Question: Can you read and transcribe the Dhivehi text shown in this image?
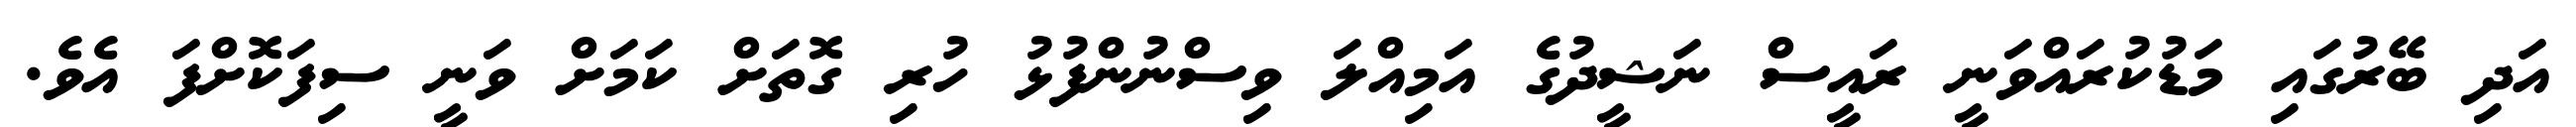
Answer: އަދި ބޭރުގައި މަޑުކުރައްވަނީ ރައީސް ނަޝީދުގެ އަމިއްލަ ވިސްނުންފުޅު ހުރި ގޮތަށް ކަމަށް ވަނީ ސިފަކޮށްފަ އެވެ.